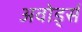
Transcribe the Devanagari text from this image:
अवोर्ड्स